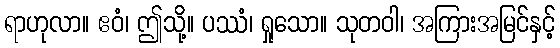
ရာဟုလာ။ ဧဝံ၊ ဤသို့။ ပဿံ၊ ရှုသော။ သုတဝါ၊ အကြားအမြင်နှင့်